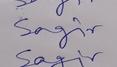
Signature authenticity: genuine